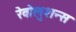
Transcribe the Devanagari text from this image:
रेवोलुशन्स